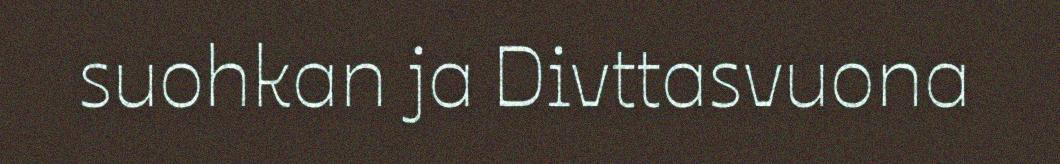
suohkan ja Divttasvuona